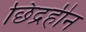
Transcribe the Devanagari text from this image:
छिद्रहीन